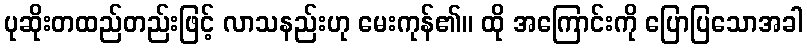
ပုဆိုးတထည်တည်းဖြင့် လာသနည်းဟု မေးကုန်၏။ ထို အကြောင်းကို ပြောပြသောအခါ